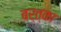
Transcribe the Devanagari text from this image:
बर्त्का